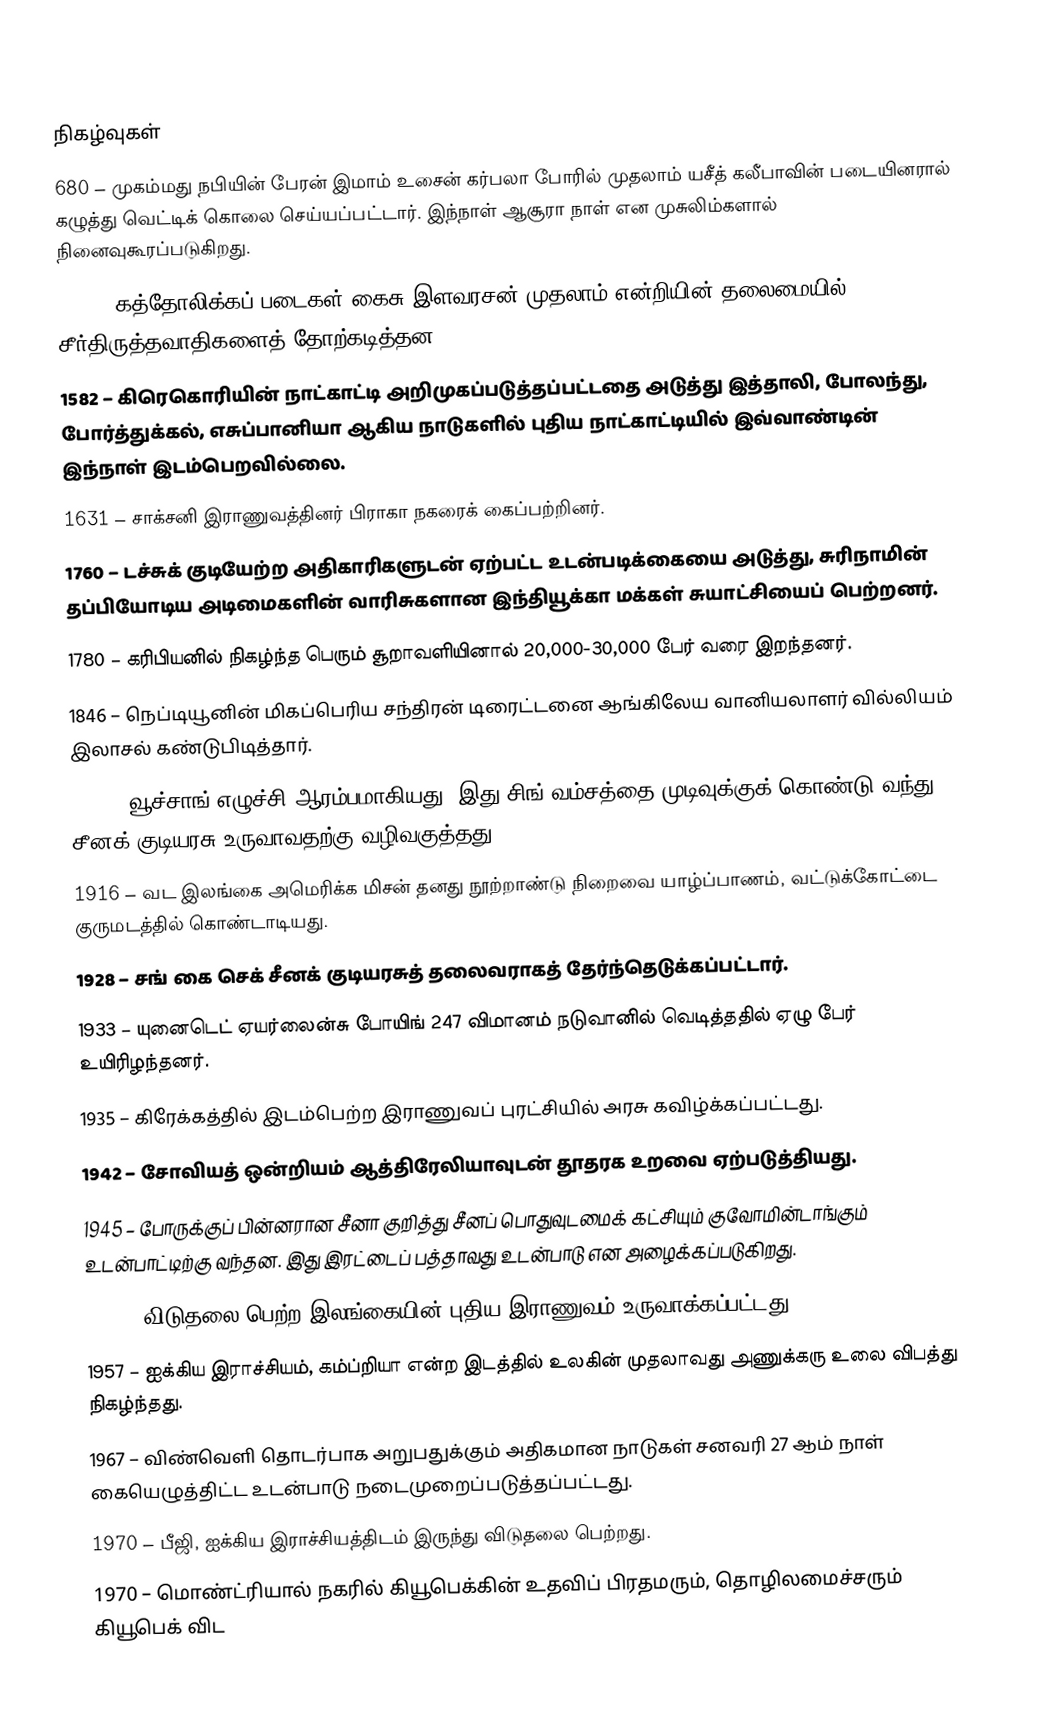

நிகழ்வுகள்
680 – முகம்மது நபியின் பேரன் இமாம் உசைன் கர்பலா போரில் முதலாம் யசீத் கலீபாவின் படையினரால் கழுத்து வெட்டிக் கொலை செய்யப்பட்டார். இந்நாள் ஆசூரா நாள் என முசுலிம்களால் நினைவுகூரப்படுகிறது.
1575 – கத்தோலிக்கப் படைகள் கைசு இளவரசன் முதலாம் என்றியின் தலைமையில் சீர்திருத்தவாதிகளைத் தோற்கடித்தன.
1582 – கிரெகொரியின் நாட்காட்டி அறிமுகப்படுத்தப்பட்டதை அடுத்து இத்தாலி, போலந்து, போர்த்துக்கல், எசுப்பானியா ஆகிய நாடுகளில் புதிய நாட்காட்டியில் இவ்வாண்டின் இந்நாள் இடம்பெறவில்லை.
1631 – சாக்சனி இராணுவத்தினர் பிராகா நகரைக் கைப்பற்றினர்.
1760 – டச்சுக் குடியேற்ற அதிகாரிகளுடன் ஏற்பட்ட உடன்படிக்கையை அடுத்து, சுரிநாமின் தப்பியோடிய அடிமைகளின் வாரிசுகளான இந்தியூக்கா மக்கள் சுயாட்சியைப் பெற்றனர்.
1780 – கரிபியனில் நிகழ்ந்த பெரும் சூறாவளியினால் 20,000-30,000 பேர் வரை இறந்தனர்.
1846 – நெப்டியூனின் மிகப்பெரிய சந்திரன் டிரைட்டனை ஆங்கிலேய வானியலாளர் வில்லியம் இலாசல் கண்டுபிடித்தார்.
1911 – வூச்சாங் எழுச்சி ஆரம்பமாகியது. இது சிங் வம்சத்தை முடிவுக்குக் கொண்டு வந்து சீனக் குடியரசு உருவாவதற்கு வழிவகுத்தது.
1916 – வட இலங்கை அமெரிக்க மிசன் தனது நூற்றாண்டு நிறைவை யாழ்ப்பாணம், வட்டுக்கோட்டை குருமடத்தில் கொண்டாடியது.
1928 – சங் கை செக் சீனக் குடியரசுத் தலைவராகத் தேர்ந்தெடுக்கப்பட்டார்.
1933 – யுனைடெட் ஏயர்லைன்சு போயிங் 247 விமானம் நடுவானில் வெடித்ததில் ஏழு பேர் உயிரிழந்தனர்.
1935 – கிரேக்கத்தில் இடம்பெற்ற இராணுவப் புரட்சியில் அரசு கவிழ்க்கப்பட்டது.
1942 – சோவியத் ஒன்றியம் ஆத்திரேலியாவுடன் தூதரக உறவை ஏற்படுத்தியது.
1945 – போருக்குப் பின்னரான சீனா குறித்து சீனப் பொதுவுடமைக் கட்சியும் குவோமின்டாங்கும் உடன்பாட்டிற்கு வந்தன. இது இரட்டைப் பத்தாவது உடன்பாடு என அழைக்கப்படுகிறது.
1949 – விடுதலை பெற்ற இலங்கையின் புதிய இராணுவம் உருவாக்கப்பட்டது.
1957 – ஐக்கிய இராச்சியம், கம்ப்றியா என்ற இடத்தில் உலகின் முதலாவது அணுக்கரு உலை விபத்து நிகழ்ந்தது.
1967 – விண்வெளி தொடர்பாக அறுபதுக்கும் அதிகமான நாடுகள் சனவரி 27 ஆம் நாள் கையெழுத்திட்ட உடன்பாடு நடைமுறைப்படுத்தப்பட்டது.
1970 – பீஜி, ஐக்கிய இராச்சியத்திடம் இருந்து விடுதலை பெற்றது.
1970 – மொண்ட்ரியால் நகரில் கியூபெக்கின் உதவிப் பிரதமரும், தொழிலமைச்சரும் கியூபெக் விட